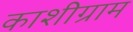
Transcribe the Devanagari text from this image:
काशीग्राम